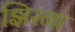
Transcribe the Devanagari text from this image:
झिरना